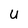
Character: U